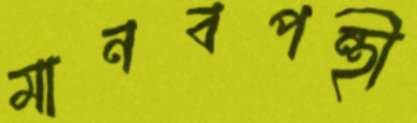
মানবপন্থী